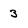
Character: 3